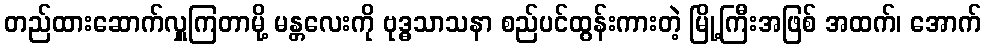
တည်ထားဆောက်လှူကြတာမို့ မန္တလေးကို ဗုဒ္ဓသာသနာ စည်ပင်ထွန်းကားတဲ့ မြို့ကြီးအဖြစ် အထက်၊ အောက်